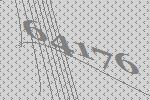
64176